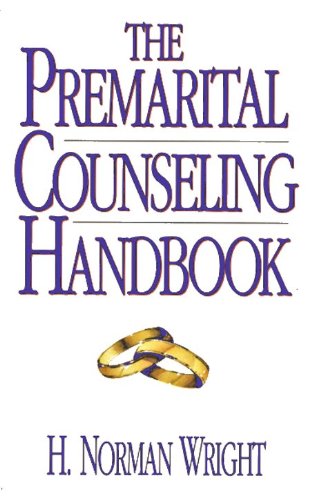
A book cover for The Premarital Counseling Handbook; H. Norman Wright; Christian Books & Bibles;